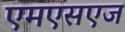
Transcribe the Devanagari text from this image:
एमएसएज